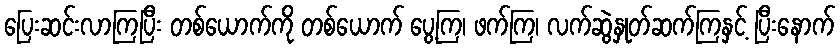
ပြေးဆင်းလာကြပြီး တစ်ယောက်ကို တစ်ယောက် ပွေ့ကြ၊ ဖက်ကြ၊ လက်ဆွဲနှုတ်ဆက်ကြနှင့် ပြီးနောက်